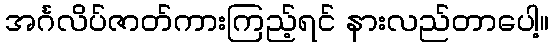
အင်္ဂလိပ်ဇာတ်ကားကြည့်ရင် နားလည်တာပေါ့။